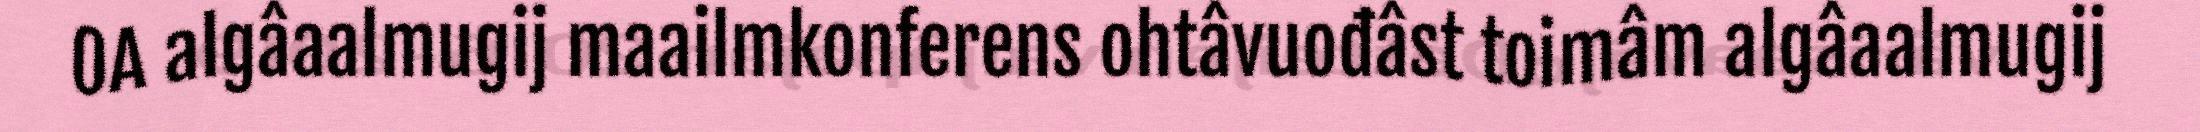
OA algâaalmugij maailmkonferens ohtâvuođâst toimâm algâaalmugij